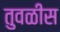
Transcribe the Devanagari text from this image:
तुवळीस